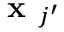
\textbf { x } _ { j ^ { \prime } }